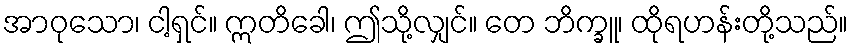
အာဝုသော၊ ငါ့ရှင်။ ဣတိခေါ၊ ဤသို့လျှင်။ တေ ဘိက္ခူ၊ ထိုရဟန်းတို့သည်။